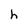
Character: h